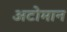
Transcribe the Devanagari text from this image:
अटोमान